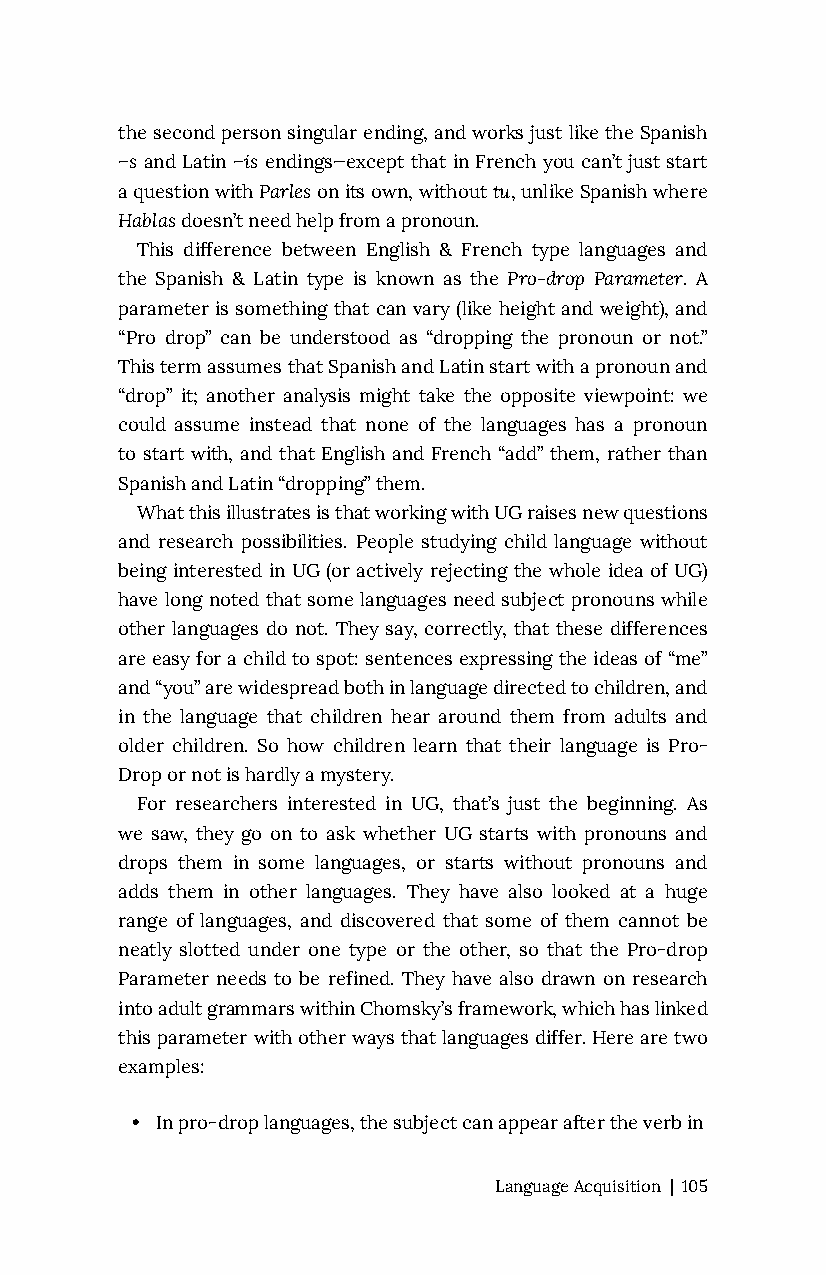
the second person singular ending, and works just like the Spanish
 –s and Latin –is endings—except that in French you can’t just start
 a question with Parles on its own, without tu, unlike Spanish where
 Hablas doesn’t need help from a pronoun.
 This difference between English & French type languages and
 the Spanish & Latin type is known as the Pro-drop Parameter. A
 parameter is something that can vary (like height and weight), and
 “Pro drop” can be understood as “dropping the pronoun or not.”
 This term assumes that Spanish and Latin start with a pronoun and
 “drop” it; another analysis might take the opposite viewpoint: we
 could assume instead that none of the languages has a pronoun
 to start with, and that English and French “add” them, rather than
 Spanish and Latin “dropping” them.
 What this illustrates is that working with UG raises new questions
 and research possibilities. People studying child language without
 being interested in UG (or actively rejecting the whole idea of UG)
 have long noted that some languages need subject pronouns while
 other languages do not. They say, correctly, that these differences
 are easy for a child to spot: sentences expressing the ideas of “me”
 and “you” are widespread both in language directed to children, and
 in the language that children hear around them from adults and
 older children. So how children learn that their language is Pro-
 Drop or not is hardly a mystery.
 For researchers interested in UG, that’s just the beginning. As
 we saw, they go on to ask whether UG starts with pronouns and
 drops them in some languages, or starts without pronouns and
 adds them in other languages. They have also looked at a huge
 range of languages, and discovered that some of them cannot be
 neatly slotted under one type or the other, so that the Pro-drop
 Parameter needs to be refined. They have also drawn on research
 into adult grammars within Chomsky’s framework, which has linked
 this parameter with other ways that languages differ. Here are two
 examples:
 • In pro-drop languages, the subject can appear after the verb in
 Language Acquisition | 105